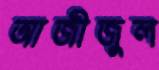
আজীজুল